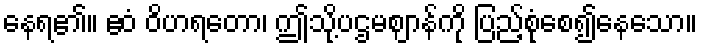
နေရ၏။ ဧဝံ ဝိဟရတော၊ ဤသို့ပဌမဈာန်ကို ပြည့်စုံစေ၍နေသော။